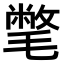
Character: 𣰉